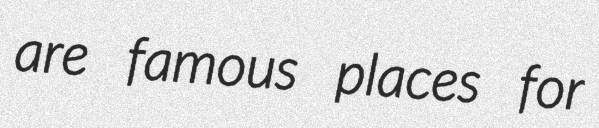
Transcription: are famous places for